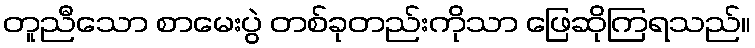
တူညီသော စာမေးပွဲ တစ်ခုတည်းကိုသာ ဖြေဆိုကြရသည်။